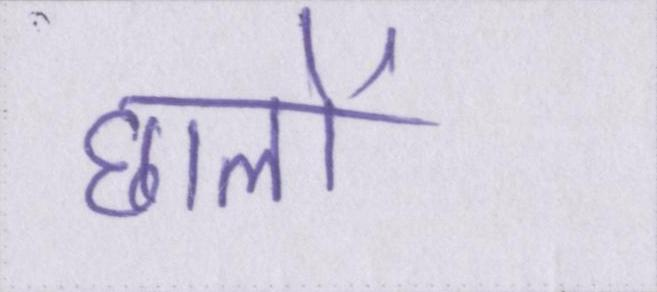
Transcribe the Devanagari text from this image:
छालों